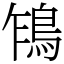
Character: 𩿞